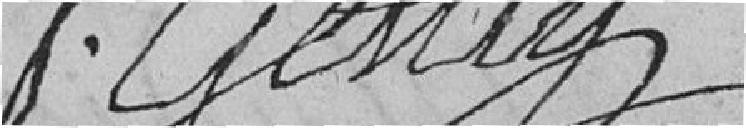
P.Genty